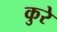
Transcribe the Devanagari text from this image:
कुरे